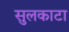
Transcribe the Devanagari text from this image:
सुलकाटा